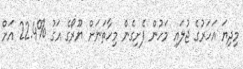
މިދިޔަ އަހަރުގެ ޖުލައި މަހުން ފެށިގެން މިހާތަނަށް ޔޫރޯގެ އަގު %22.4 އަށް